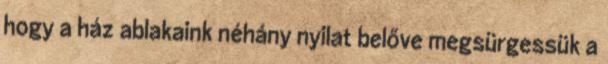
hogy a ház ablakaink néhány nyilat belőve megsürgessük a